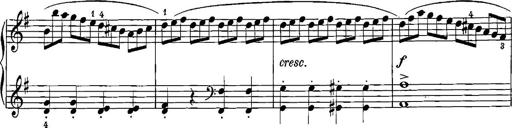
Title: 12 Sonatinas
Composer: Ignaz Pleyel